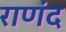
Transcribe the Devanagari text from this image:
राणंद